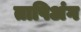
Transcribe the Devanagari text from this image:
तापिअंग